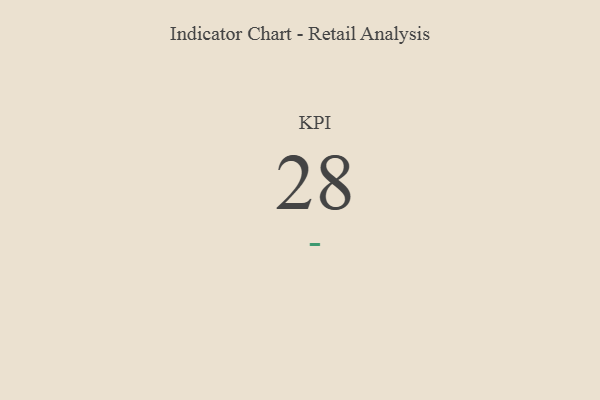
{"axis": {"x": "KPI", "y": "Value"}, "legend": [""], "data": [{"x": "KPI", "y": 28, "type": ""}]}